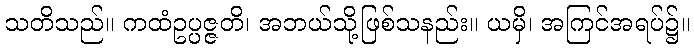
သတိသည်။ ကထံဥပ္ပဇ္ဇတိ၊ အဘယ်သို့ဖြစ်သနည်း။ ယမှိ၊ အကြင်အရပ်၌။